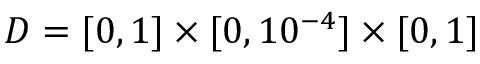
D = [ 0 , 1 ] \times [ 0 , 1 0 ^ { - 4 } ] \times [ 0 , 1 ]